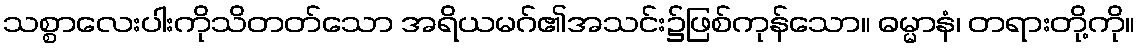
သစ္စာလေးပါးကိုသိတတ်သော အရိယမဂ်၏အသင်း၌ဖြစ်ကုန်သော။ ဓမ္မာနံ၊ တရားတို့ကို။